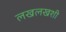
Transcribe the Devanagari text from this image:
लखलखशी